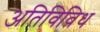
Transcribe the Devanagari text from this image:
अतिविविध